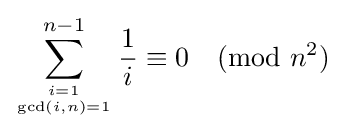
\sum _{i=1 \atop \gcd(i,n)=1}^{n-1}{\frac {1}{i}}\equiv 0{\pmod {n^{2}}}